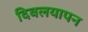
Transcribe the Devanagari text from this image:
दिवलयापन